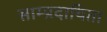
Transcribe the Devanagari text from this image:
साम्प्रदायिता